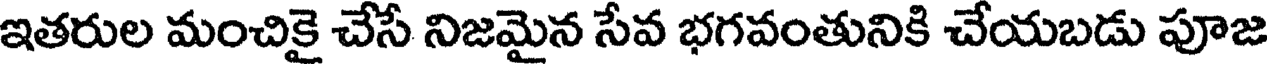
ఇతరుల మంచికై చేసే నిజమైన సేవ భగవంతునికి చేయబడు పూజ